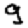
Digit: 9